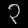
Digit: ၃